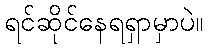
ရင်ဆိုင်နေရရှာမှာပဲ။